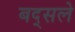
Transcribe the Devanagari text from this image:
बद्सले